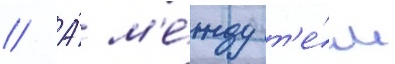
// А́ м'е́жду т'е́м